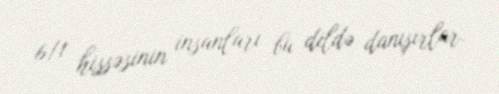
6/1 hissəsinin insanları bu dildə danışırlar.